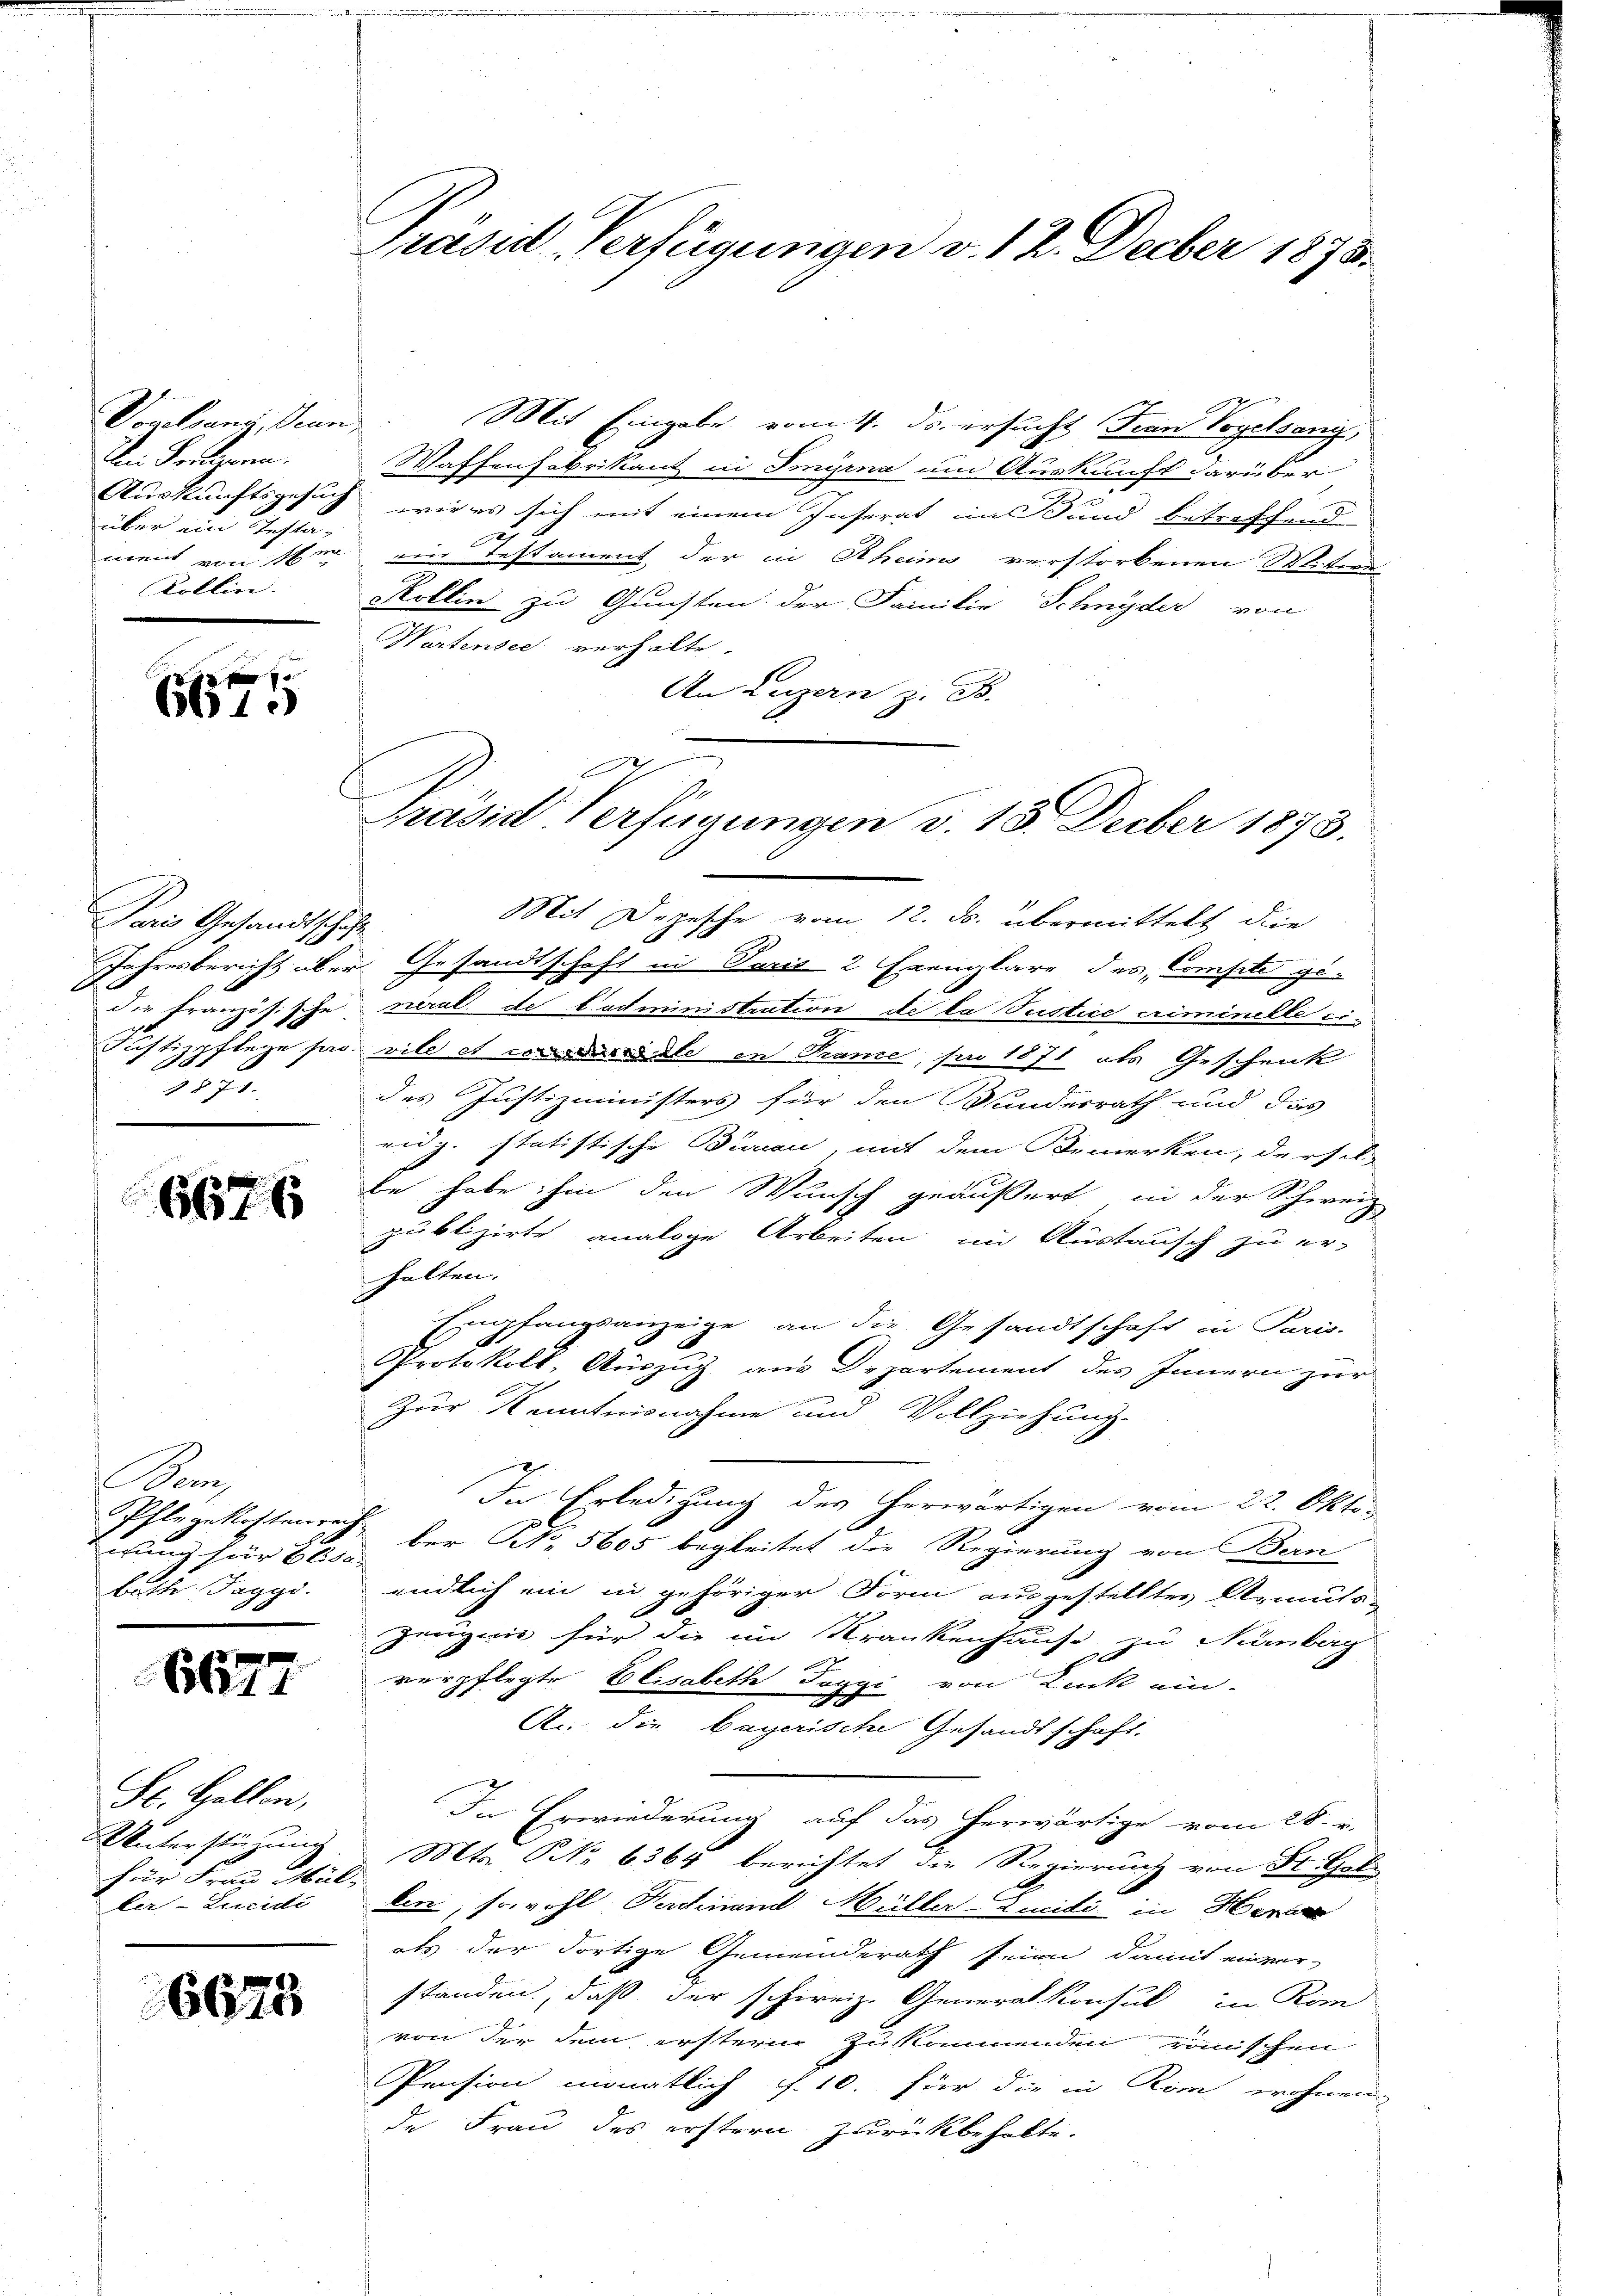
Vorelsang, Senn,
Dein Fragenen.
über ein Testa-
ment von 16m
Kollin.

2
661.

Pois Gesandtschäft
die Französische
15.

6676

m
irung für Elisa
bette Jaggo.

6677

St. Gallen,
Unterstüzung.
für Frau Müller-Luridi

16623

Präsid Verfügungen v. 12. Decber 1878.

Mit Eingabe vom 4. ds. ersucht Frau Vogelsang,
Waffenfabrikant in Smyrna um Auskunft darüber
Auskunftsgesuch, wie es sich mit einem Inserat im Bund betreffend
ein Testament der in Rheins verstorbenen M. ten
Mollin zu Gunsten der Familie Schnyder von
Wartensee verhalte.
An Luzern z. B.
Mit Depesche vom 12. ds. übermittelt die
Jahresbericht über Gesandtschaft in Paris 2 Exemplare des Compte general de tadministration de la Justice criminelle ei¬
3
Justizpflege sa vile et consers die in Prane, pro 1871 als Geschenk
des Justizministers für den Wundesrath und das
eidg. statistische Burau, mit dem Bemerken, dersel-
be habe hin den Wunsch geäußert in der Schweiz
publizirte analoge Arbeiten im Austausch zu er-
halten.
Empfangsanzeige an die Gesandtschaft in Paris.
Protokoll, Auszug aus Departement des Innern zur
Zur Kenntnisnahme und Vollziehung.
In Erledigung des herwärtigen vom 22. Okto¬
Pflegekosten der No. 5605 begleitet die Regierung von Bern
endlich ein in gehöriger Form ausgestelltes Armuts-
Zeugnis für die im Krankenhause zu Nürnberg
verpflegte Elisabeth Saggi von Lanck ein-
A. die bayerische Gesandtschaft.
In Erwiederung auf das herwärtige vom 28. v.
Mts. S. 6364 berichtet die Regierung von St. Gallin, sowohl Ferdinand Müller-Zucidi in Herr
als der dortige Gemeinderath seien, damit einver-
standen, daß der schweiz. Generalkonsul in Kon
von der dem erstern zukommenden römischen
Pension monatlich f. 10. für die in Rom wohnen
de Frau des erstern zurückbehalte.

Präsid. Verfügungen v. 15. Decber 1873.